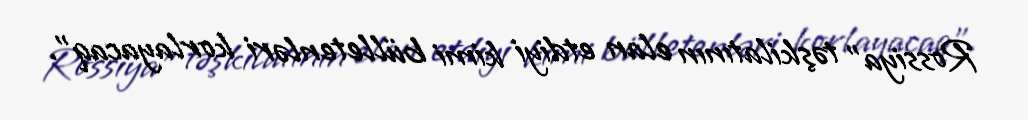
Rossiya” təşkilatının elan etdiyi kimi bülletenləri korlayacaq”.